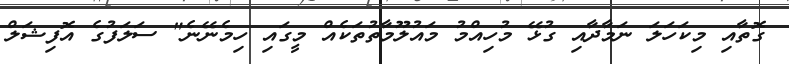
ގޮތާއި މިކަހަލަ ނަމާދާއި ގުޅޭ މުހިއްމު މައުލޫމާތުތަކެއް މީގައި ހިމެނޭނެ" ސަލަފުގެ އޮފިޝަލް